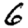
Digit: 6